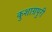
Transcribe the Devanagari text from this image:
कुशाग्रपुरी